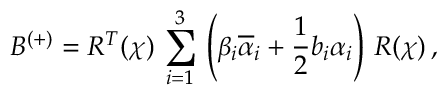
B ^ { ( + ) } = R ^ { T } ( \chi ) \, \sum _ { i = 1 } ^ { 3 } \, \left( \beta _ { i } \overline { { { \alpha } } } _ { i } + \frac { 1 } { 2 } b _ { i } \alpha _ { i } \right) \, R ( \chi ) \, ,